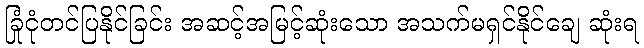
ခြုံငုံတင်ပြနိုင်ခြင်း အဆင့်အမြင့်ဆုံးသော အသက်မရှင်နိုင်ချေ ဆုံးရ